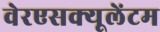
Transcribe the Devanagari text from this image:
वेरएसक्यूलेंटम